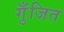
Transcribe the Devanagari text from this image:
गुँजित